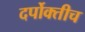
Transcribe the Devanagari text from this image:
दर्पोक्तीच